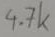
Text: 4.7k